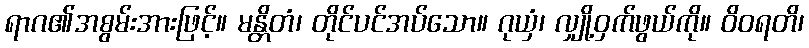
ရာဂ၏အစွမ်းအားဖြင့်။ မန္တိတံ၊ တိုင်ပင်အပ်သော။ ဂုယှံ၊ လျှို့ဝှက်ဖွယ်ကို။ ဝိဝရတိ၊